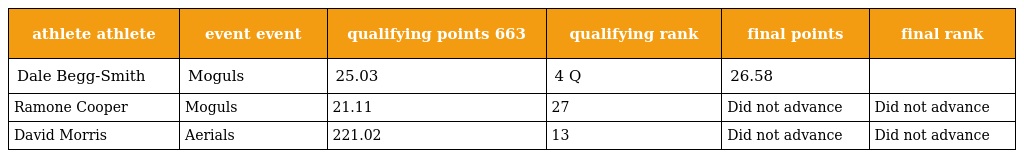
| athlete athlete | event event | qualifying points 663 | qualifying rank | final points | final rank |
 | --- | --- | --- | --- | --- | --- |
 | Dale Begg-Smith | Moguls | 25.03 | 4 Q | 26.58 |  |
 | Ramone Cooper | Moguls | 21.11 | 27 | Did not advance | Did not advance |
 | David Morris | Aerials | 221.02 | 13 | Did not advance | Did not advance |